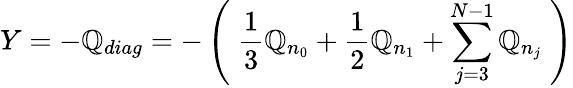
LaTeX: Y=-\mathbb{Q}_{diag}=-\left(\; \frac{1}{3}\mathbb{Q}_{n_{0}}+\frac{1}{2}\mathbb{Q}_{n_{1}}+\sum_{j=3}^{N-1}\mathbb{Q}_{n_{j}}\; \right)